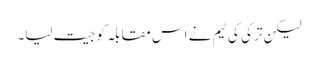
لیکن ترکی کی ٹیم نے اس مقابلہ کو جیت لیا۔